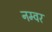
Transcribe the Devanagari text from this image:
नम्वर